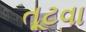
તૂટવા